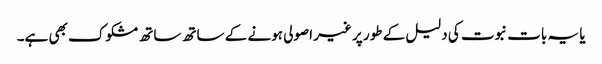
یا یہ بات نبوت کی دلیل کے طور پر غیر اصولی ہونے کے ساتھ ساتھ مشکوک بھی ہے۔